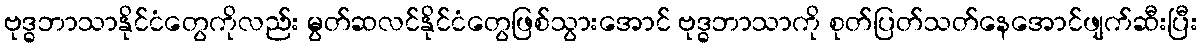
ဗုဒ္ဓဘာသာနိုင်ငံတွေကိုလည်း မွတ်ဆလင်နိုင်ငံတွေဖြစ်သွားအောင် ဗုဒ္ဓဘာသာကို စုတ်ပြတ်သတ်နေအောင်ဖျက်ဆီးပြီး